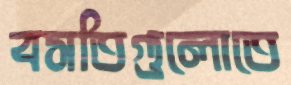
বসতিগুলোতে